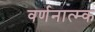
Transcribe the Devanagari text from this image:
वर्णनात्म्क